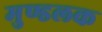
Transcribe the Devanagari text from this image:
मुण्डलक